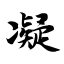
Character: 凝